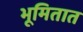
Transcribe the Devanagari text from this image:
भूमितात